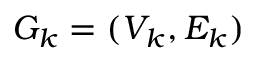
G _ { k } = ( V _ { k } , E _ { k } )